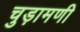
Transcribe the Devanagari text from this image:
चुड़ामणी